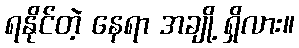
ရနိုင်တဲ့ နေရာ အချို့ ရှိလား။